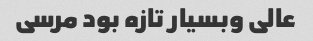
عالی وبسیار تازه بود مرسی